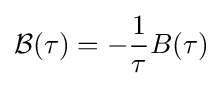
{\mathcal {B}}(\tau )=-{1 \over {\tau }}B(\tau )